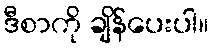
ဒီစာကို ချိန်ပေးပါ။